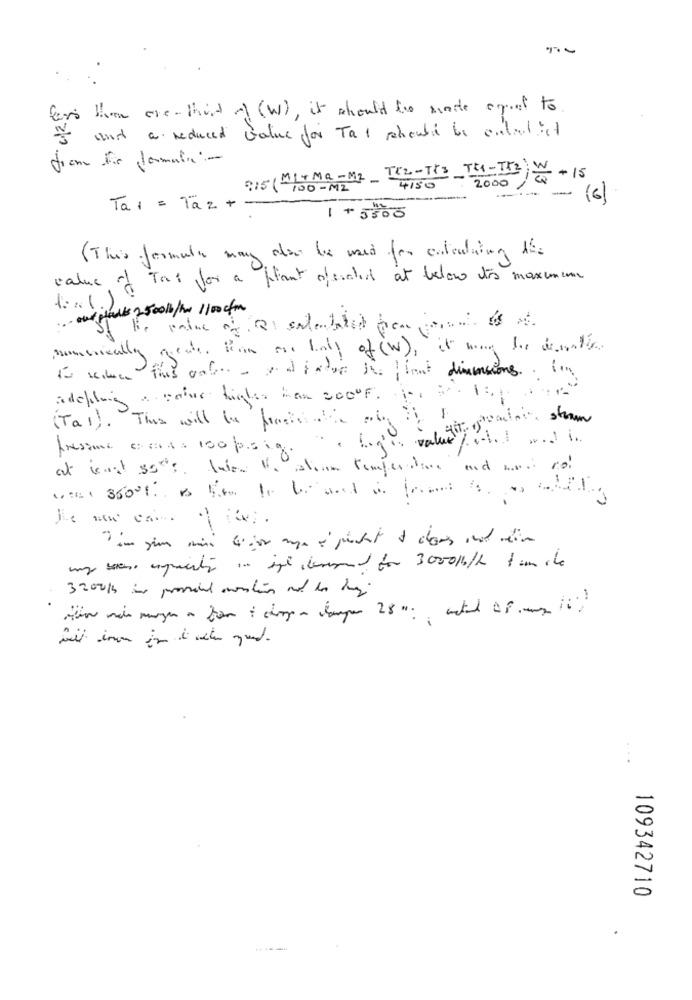
fers than one-third of (W), it should the made squat to
I and a reduced Value for Ta 1 should be enladist
MITMa-M2 TC2-TPS TE-TH2+15
915 ( 100-MZ
4150
..: - (6)
Tai = Taz + -
1+ 5500
(This formula may also be used for calculating 16:
value of Tas for a plant operated at below tos maximum
... our plans 2500kb/hx /100 cfm
weater firm our body of (W), it may be denitis
nombrically
To since this gate - and factor in front dimensions in
adelling a solve higles han 2000F. H ., 3.1:1.
(Tal) . This will be frialie on i Er
I'm. valgin, og atni stram
fresane cesarsa 100 ps ig.
He wn come
my sen, ungainly in the board for 30001b/h I am che
109342710